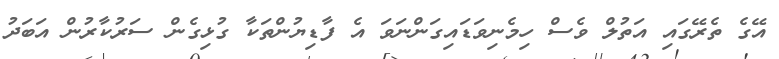
އޭގެ ތެރޭގައި އަތުލް ވެސް ހިމެނިވަޑައިގަންނަަވަ އެ ފާޑިޔުންތަކާ ގުޅިގެން ސަރުކާރުން އަބަދު